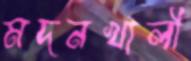
মদনখালী